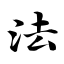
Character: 法